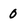
Character: 0